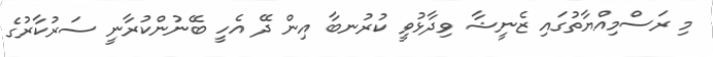
މި ރަސްމިއްޔާތުގައި ޒެނީޝާ ވިދާޅުވީ ކުރުނބާ އިން ދޭ އެހީ ބޭނުންކުރާނީ ސަރުކާރުގެ